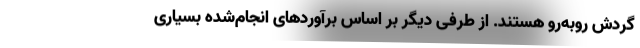
گردش روبه‌رو هستند. از طرفی دیگر بر اساس برآوردهای انجام‌شده بسیاری